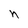
Character: h